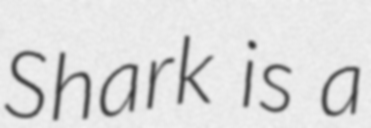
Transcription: Shark is a